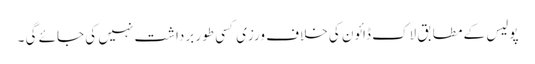
پولیس کے مطابق لاک ڈائون کی خلاف ورزی کسی طور برداشت نہیں کی جائے گی ۔